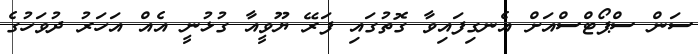
ސަން ސްޕޯޓްސްއަށް އެނގިފައިވާ ގޮތުގައި ފަރޭ ޔޫވީއާ ގުޅުނީ އެއް އަހަރު ދުވަހުގެ